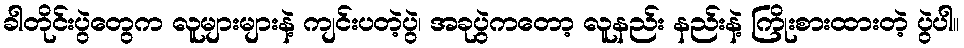
ခါတိုင်းပွဲတွေက လူများများနဲ့ ကျင်းပတဲ့ပွဲ၊ အခုပွဲကတော့ လူနည်း နည်းနဲ့ ကြိုးစားထားတဲ့ ပွဲပါ။